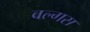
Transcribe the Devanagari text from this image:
वल्गस